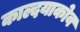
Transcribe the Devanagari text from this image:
काल्दयाकोव